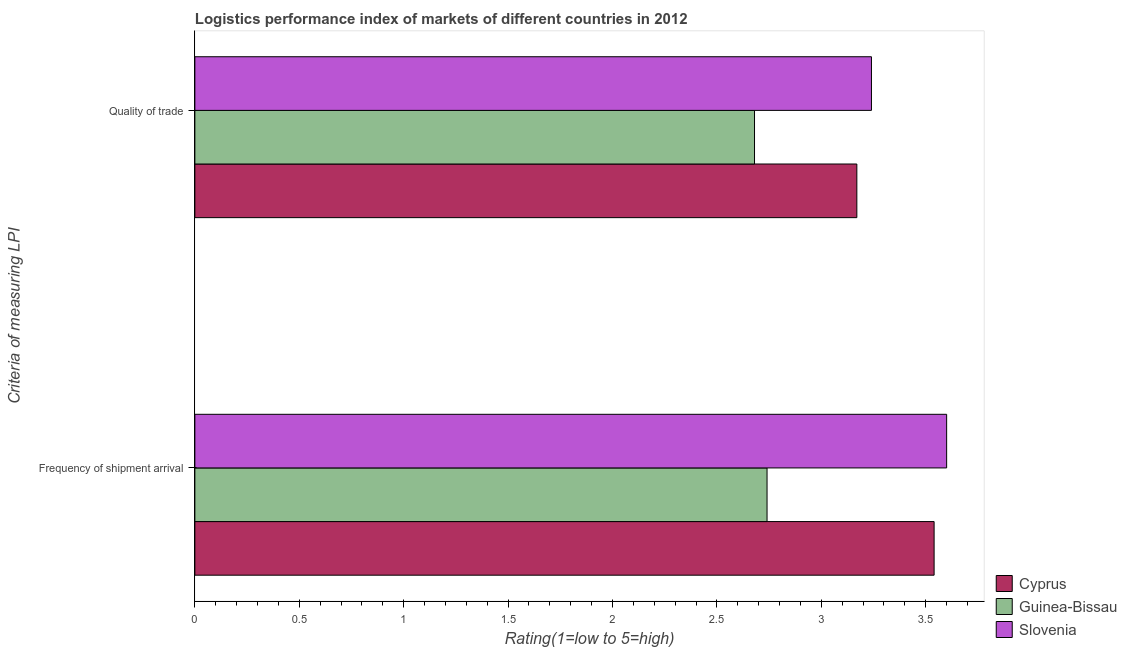
| Criteria of measuring LPI | Cyprus | Guinea-Bissau | Slovenia |
 | --- | --- | --- | --- |
 | Frequency of shipment arrival | 3.54 | 2.74 | 3.6 |
 | Quality of trade | 3.17 | 2.68 | 3.24 |